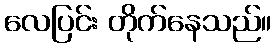
လေပြင်း တိုက်နေသည်။